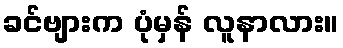
ခင်ဗျားက ပုံမှန် လူနာလား။